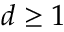
d \geq 1